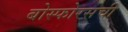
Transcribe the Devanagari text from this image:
बोस्फोरसची